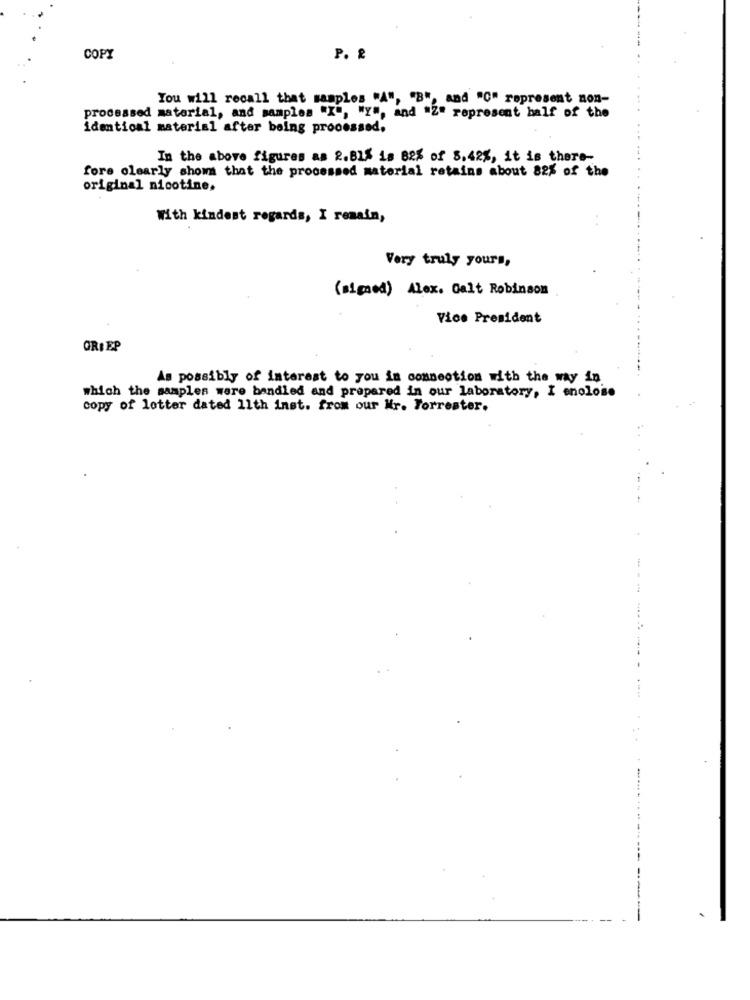
COPY
P. &
You will recall that samples "A", "B", and "C" represent non-
processed material, and samples "I", "Y", and "Z" represent half of the
identical material after being processed.
In the above figures as 2.815 is 82% of 5.42%, it is there-
fors clearly shows that the processed material retains about 82% of the
original nicotine,
With kindest regards, I remain,
Very truly yours,
(signed) Alex. Galt Robinson
Vice President
GRIEP
As possibly of interest to you in connection with the way in
which the samples were bandled and prepared in our laboratory, I enclose
copy of letter dated 11th inst. from our Nr. Forrester.